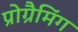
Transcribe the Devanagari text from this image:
प्रोग्रैमिंग